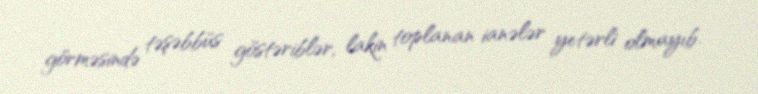
görməsində təşəbbüs göstəriblər, lakin toplanan ianələr yetərli olmayıb.